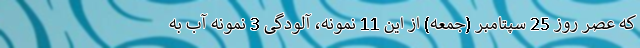
که عصر روز 25 سپتامبر (جمعه) از این 11 نمونه، آلودگی 3 نمونه آب به